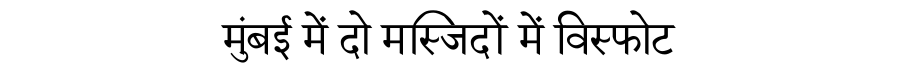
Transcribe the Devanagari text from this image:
मुंबई में दो मस्जिदों में विस्फोट